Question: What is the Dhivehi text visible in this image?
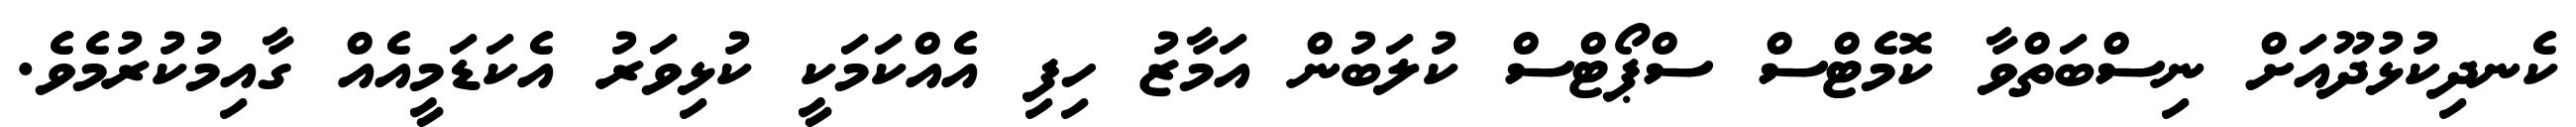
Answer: ކެނދިކުޅުދޫއަށް ނިސްބަތްވާ ކޮމެޓްސް ސްޕޯޓްސް ކުލަބުން އަމާޒު ހިފި އެއްކަމަކީ ކުޅިވަރު އެކަޑަމީއެއް ގާއިމުކުރުމެވެ.